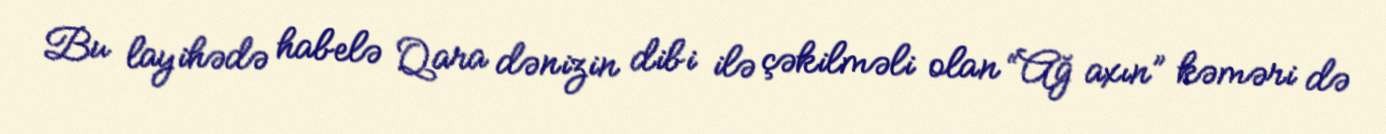
Bu layihədə habelə Qara dənizin dibi ilə çəkilməli olan “Ağ axın” kəməri də